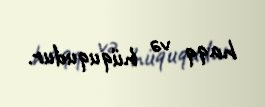
haqq və hüququdur.